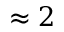
\approx 2